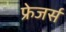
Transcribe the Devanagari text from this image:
फ्रेजर्स